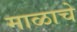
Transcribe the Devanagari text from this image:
माळाचे